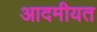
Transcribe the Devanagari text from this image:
आदमीयत